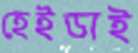
হেইডাই